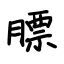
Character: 膘